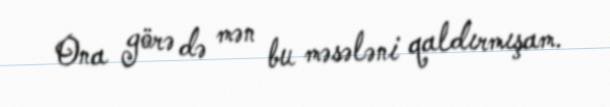
Ona görə də mən bu məsələni qaldırmışam.